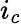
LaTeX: i_{c}